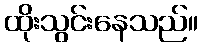
ထိုးသွင်းနေသည်။